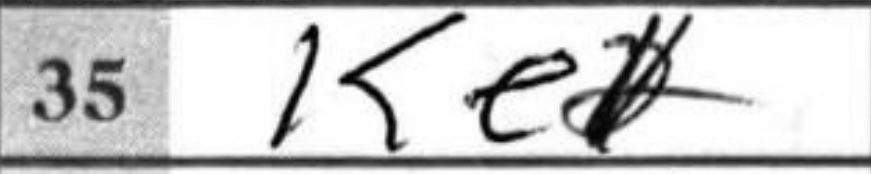
Transcription: Ke2